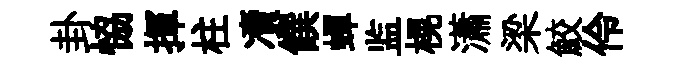
卦恊揮柱凟饌蟬监榥瀟梁鮫伶